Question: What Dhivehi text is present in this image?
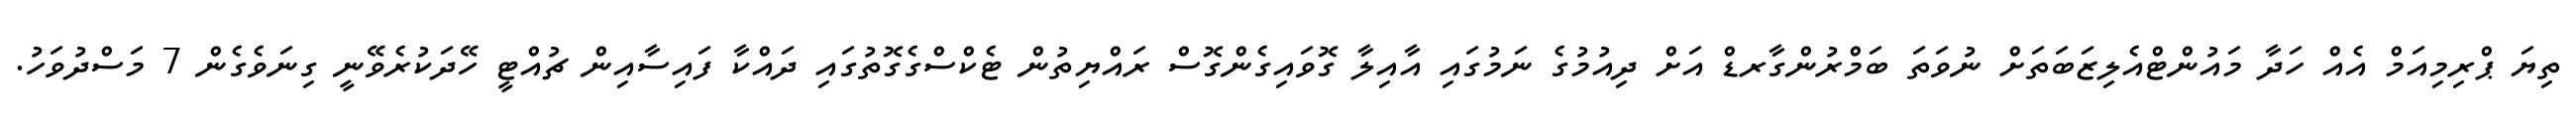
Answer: ތިޔަ ޕްރިމިއަމް އެއް ހަދާ މައުންޓްއެލިޒަބަތަށް ނުވަތަ ބަމްރުންގާރޑް އަށް ދިއުމުގެ ނަމުގައި އާއިލާ ގޮވައިގެންގޮސް ރައްޔިތުން ޓެކްސްގެގޮތުގައި ދައްކާ ފައިސާއިން ޗުއްޓީ ހޭދަކުރެވޭނީ ގިނަވެގެން 7 މަސްދުވަހު.